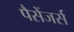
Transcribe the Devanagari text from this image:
पैसेंजर्स